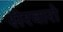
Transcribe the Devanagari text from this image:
सेरवारो